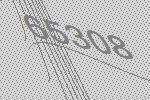
65308